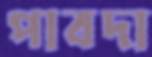
পাবদা